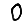
Digit: 0